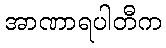
အာဏာရပါတီက